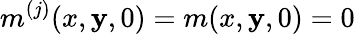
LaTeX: m^{(j)}(x,\mathbf{y},0)=m(x,\mathbf{y},0)=0